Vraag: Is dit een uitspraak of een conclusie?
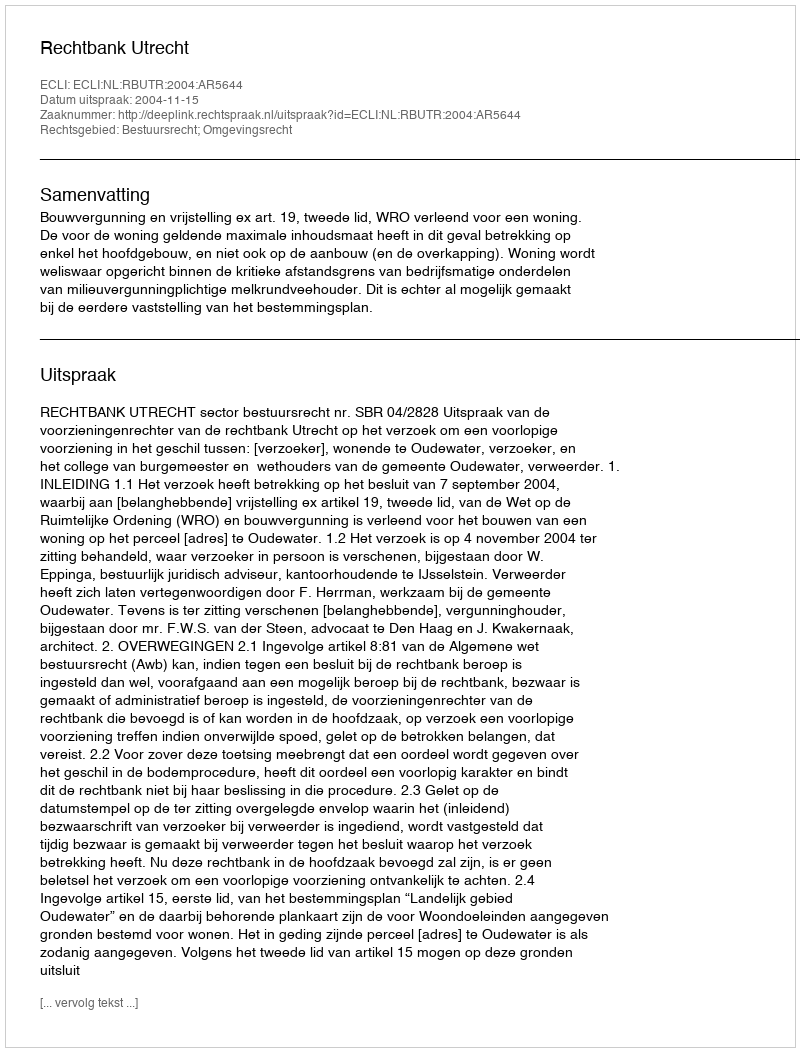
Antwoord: Uitspraak